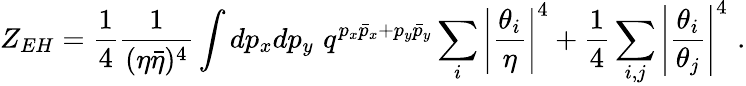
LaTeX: Z_{EH}={\frac{1}{4}}{\frac{1}{(\eta\bar{\eta})^{4}}}\int dp_{x}dp_{y}\, \, q^{p_{x}\bar{p}_{x}+p_{y}\bar{p}_{y}}\sum_{i}\left|{\frac{\theta_{i}}{\eta}}\right|^{4}+{\frac{1}{4}}\sum_{i,j}\left|{\frac{\theta_{i}}{\theta_{j}}}\right|^{4}\, \, .